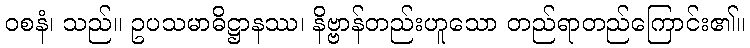
ဝစနံ၊ သည်။ ဥပသမာဓိဋ္ဌာနဿ၊ နိဗ္ဗာန်တည်းဟူသော တည်ရာတည်ကြောင်း၏။